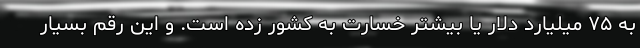
به ۷۵ میلیارد دلار یا بیشتر خسارت به کشور زده است. و این رقم بسیار